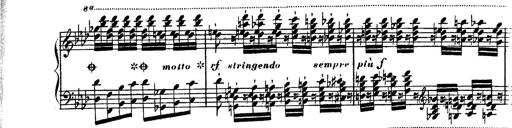
Title: Hexameron, Morceau de Concert
Composer: Franz Liszt